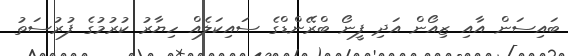
ބައިސަން އާއި ޒިއޯން އަދި ފީނޯ ބްރޭންޑްގެ ސައިކަލެއް ހިޔާރު ކުރުމުގެ ފުރުސަތު